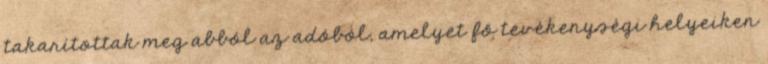
takarítottak meg abból az adóból, amelyet fő tevékenységi helyeiken